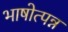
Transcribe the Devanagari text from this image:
भाषोत्पन्न